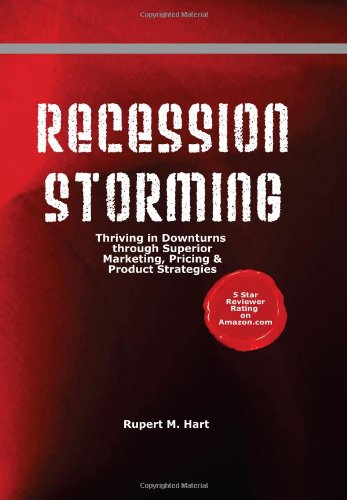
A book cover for Recession Storming: Thriving In Downturns Through Superior Marketing, Pricing And Product Strategies; Rupert M. Hart; Business & Money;